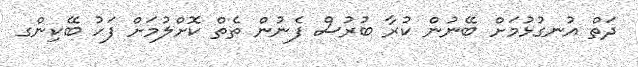
ދަތް އުނގުޅުމަށް ބޭނުން ކުރާ ބުރުސް ފެނުން ތެތް ކޮށްލުމަށް ފަހު ބޭކިންގ